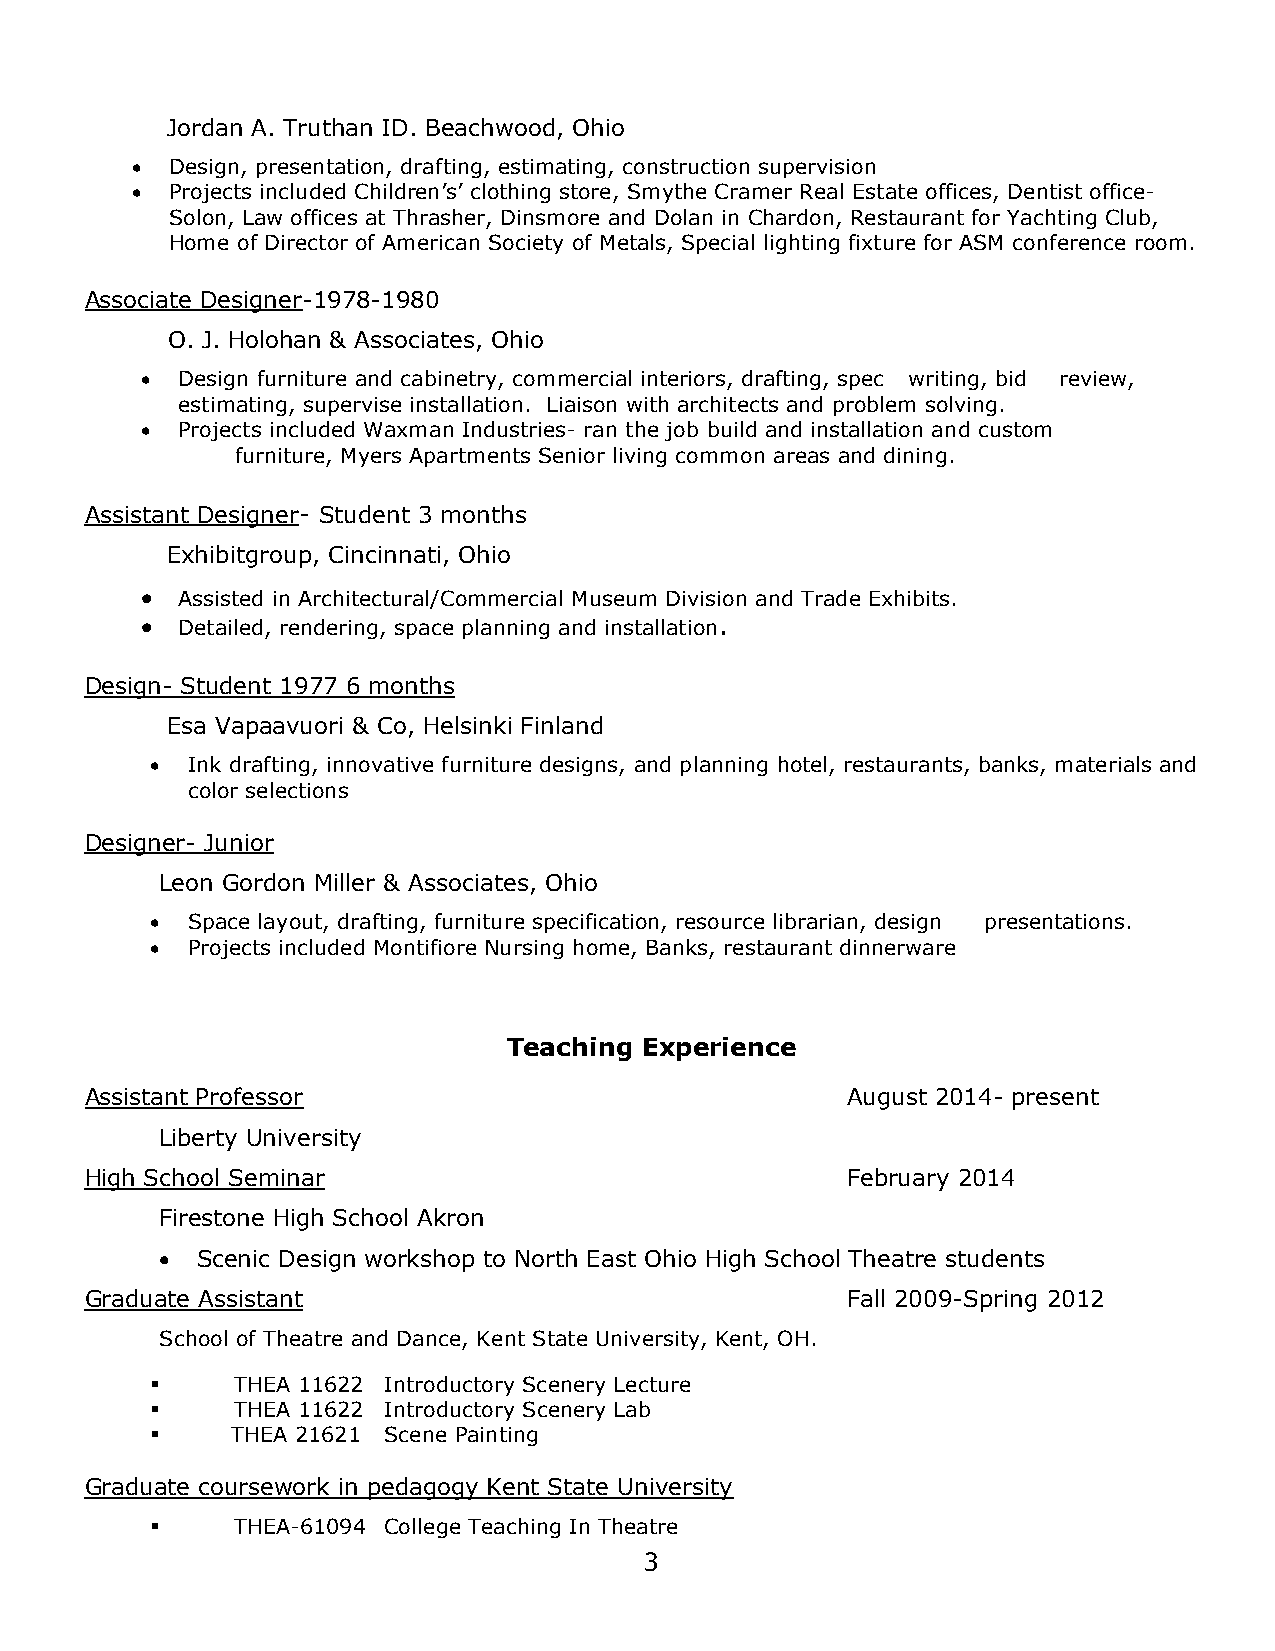
Jordan A. Truthan ID. Beachwood, Ohio
  Design, presentation, drafting, estimating, construction supervision
  Projects included Children’s’ clothing store, Smythe Cramer Real Estate offices, Dentist office-
 Solon, Law offices at Thrasher, Dinsmore and Dolan in Chardon, Restaurant for Yachting Club,
 Home of Director of American Society of Metals, Special lighting fixture for ASM conference room.
 Associate Designer-1978-1980
 O. J. Holohan & Associates, Ohio
   Design furniture and cabinetry, commercial interiors, drafting, spec writing, bid review,
 estimating, supervise installation. Liaison with architects and problem solving.
   Projects included Waxman Industries- ran the job build and installation and custom
 furniture, Myers Apartments Senior living common areas and dining.
 Assistant Designer- Student 3 months
 Exhibitgroup, Cincinnati, Ohio
   Assisted in Architectural/Commercial Museum Division and Trade Exhibits.
   Detailed, rendering, space planning and installation.
 Design- Student 1977 6 months
 Esa Vapaavuori & Co, Helsinki Finland
  Ink drafting, innovative furniture designs, and planning hotel, restaurants, banks, materials and
 color selections
 Designer- Junior
 Leon Gordon Miller & Associates, Ohio
  Space layout, drafting, furniture specification, resource librarian, design presentations.
  Projects included Montifiore Nursing home, Banks, restaurant dinnerware
 Teaching Experience
 Assistant Professor                               August 2014- present
 Liberty University
 High School Seminar                               February 2014
 Firestone High School Akron
  Scenic Design workshop to North East Ohio High School Theatre students
 Graduate Assistant                                Fall 2009-Spring 2012
 School of Theatre and Dance, Kent State University, Kent, OH.
      THEA 11622 Introductory Scenery Lecture
      THEA 11622 Introductory Scenery Lab
     THEA 21621 Scene Painting
 Graduate coursework in pedagogy Kent State University
      THEA-61094 College Teaching In Theatre
 3